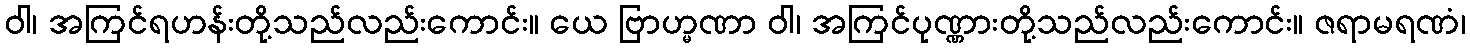
ဝါ၊ အကြင်ရဟန်းတို့သည်လည်းကောင်း။ ယေ ဗြာဟ္မဏာ ဝါ၊ အကြင်ပုဏ္ဏားတို့သည်လည်းကောင်း။ ဇရာမရဏံ၊